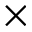
\times